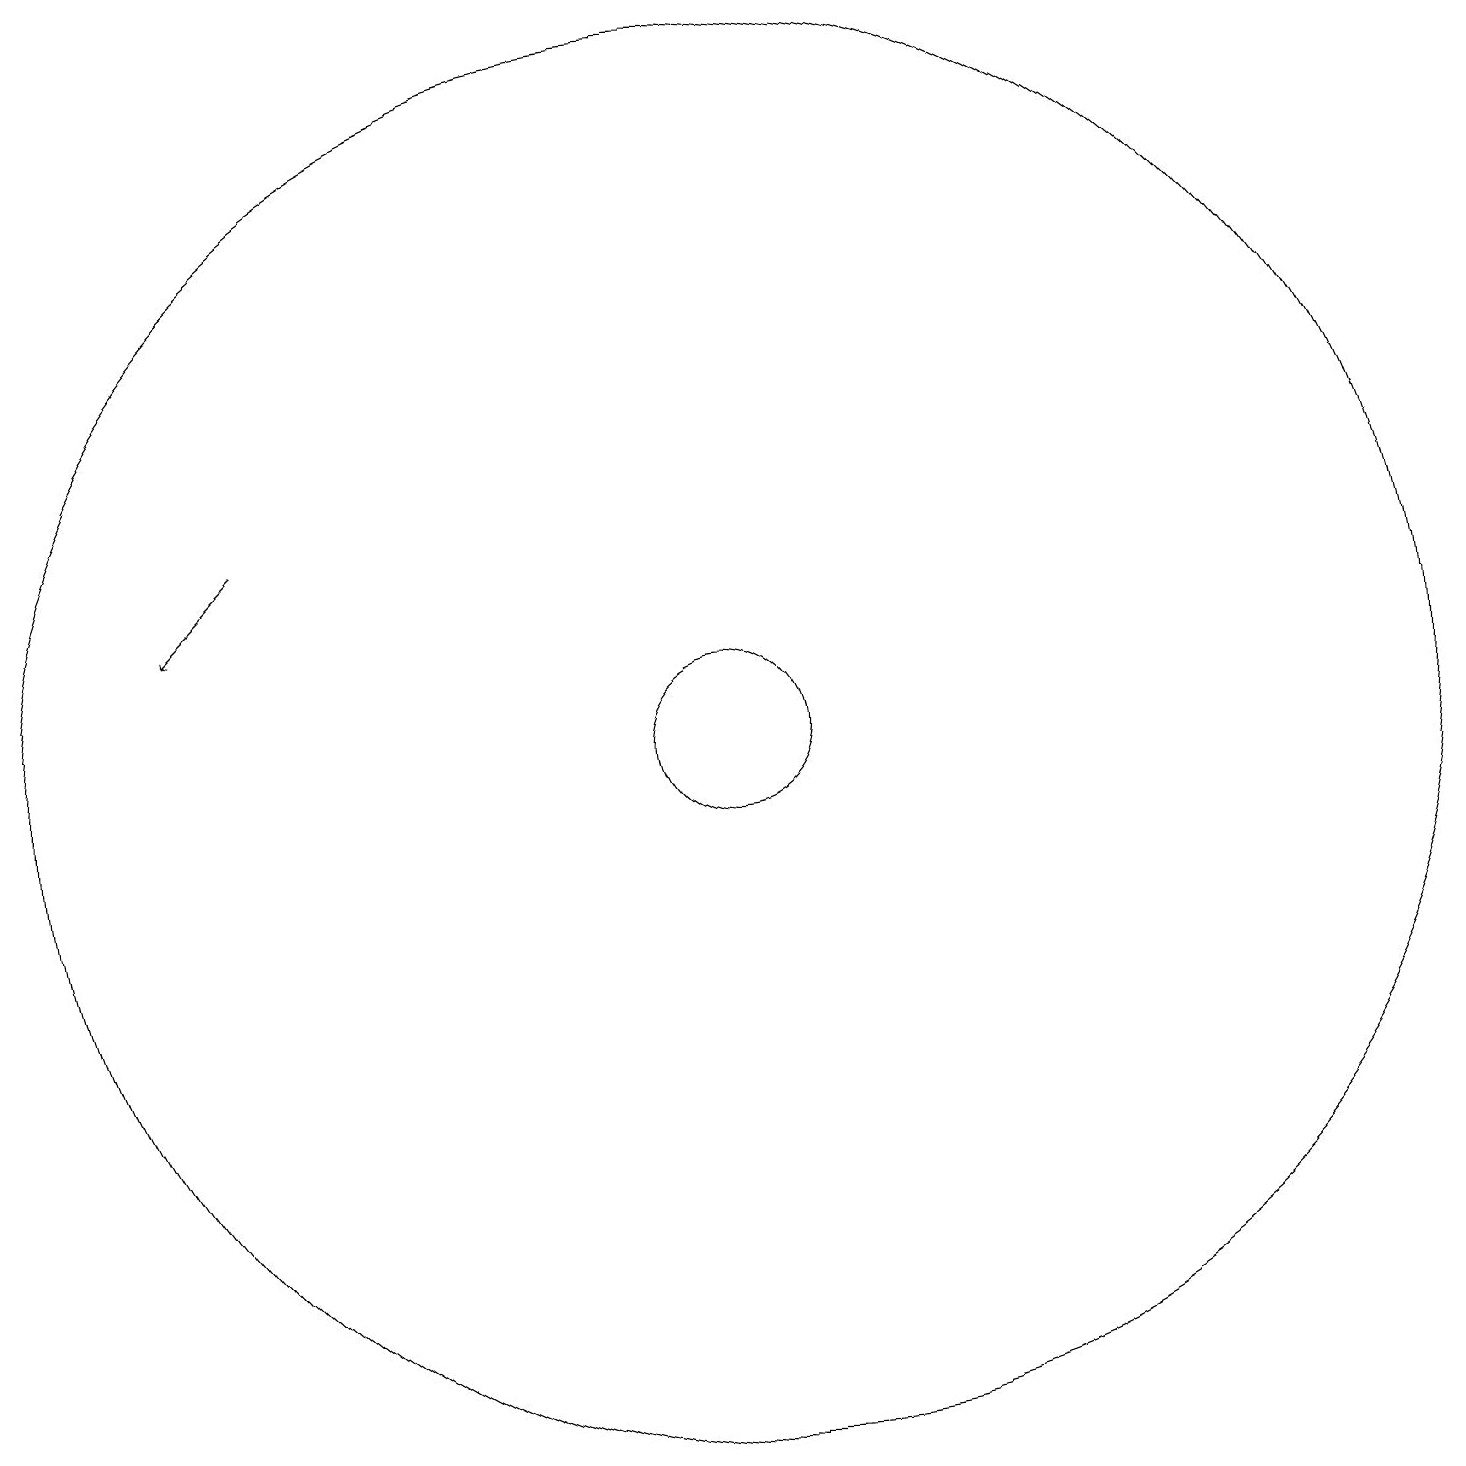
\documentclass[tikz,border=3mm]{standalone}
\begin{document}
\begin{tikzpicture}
\draw[->] (6,14) -- (5,13);
\draw (12,11) circle (1);
\draw (12,11) circle (9);
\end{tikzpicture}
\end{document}